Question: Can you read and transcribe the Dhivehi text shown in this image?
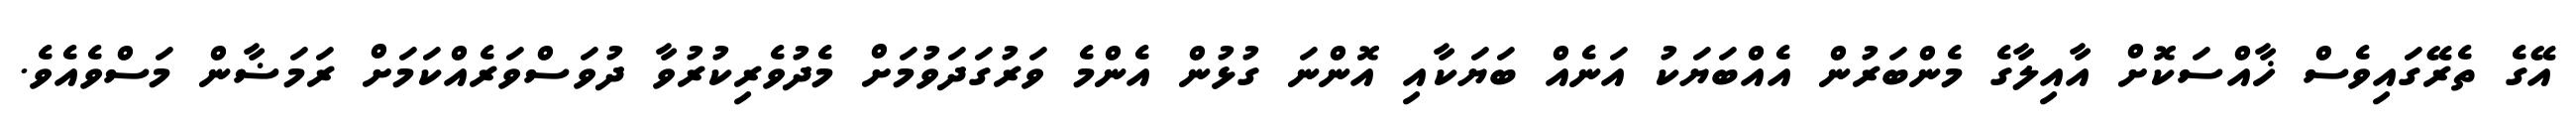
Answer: އޭގެ ތެރޭގައިވެސް ޚާއްސަކޮށް އާއިލާގެ މެންބަރުން އެއްބަޔަކު އަނެއް ބަޔަކާއި އޮންނަ ގުޅުން އެންމެ ވަރުގަދަވުމަށް މެދުވެރިކުރުވާ ދުވަސްވަރެއްކަމަށް ރަމަޟާން މަސްވެއެވެ.